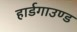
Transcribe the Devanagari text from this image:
हार्डगाउण्ड